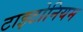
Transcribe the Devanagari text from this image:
टाइटोनियम